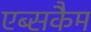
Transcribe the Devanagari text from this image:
एब्सकैम